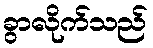
ခွာလိုက်သည်